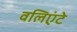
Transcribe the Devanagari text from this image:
वलिएंटे